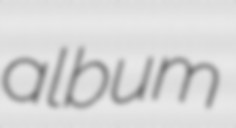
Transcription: album